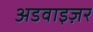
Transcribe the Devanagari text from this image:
अडवाइज़र